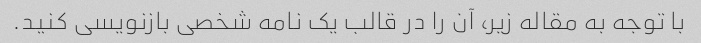
با توجه به مقاله زیر، آن را در قالب یک نامه شخصی بازنویسی کنید.